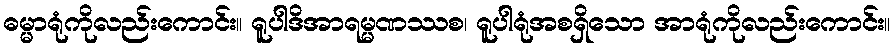
ဓမ္မာရုံကိုလည်းကောင်း။ ရူပါဒိအာရမ္မဏဿစ၊ ရူပါရုံအစရှိသော အာရုံကိုလည်းကောင်း။